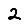
Digit: 2